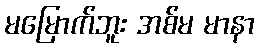
မမြောက်ဘူး အစ်မ မာနာ